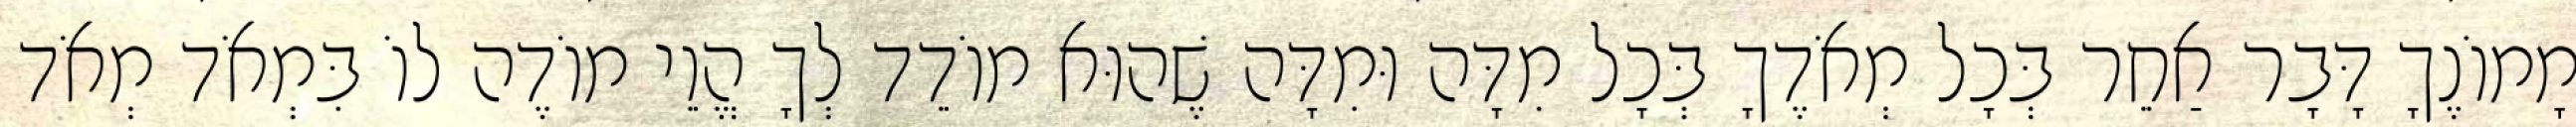
מָמוֹנֶךָ דָּבָר אַחֵר בְּכָל מְאֹדֶךָ בְּכָל מִדָּה וּמִדָּה שֶׁהוּא מוֹדֵד לְךָ הֱוֵי מוֹדֶה לוֹ בִּמְאֹד מְאֹד